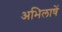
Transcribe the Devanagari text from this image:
अभिलाषें